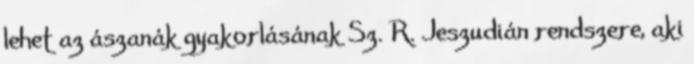
lehet az ászanák gyakorlásának Sz. R. Jeszudián rendszere, aki